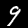
Label: 9